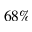
6 8 \%